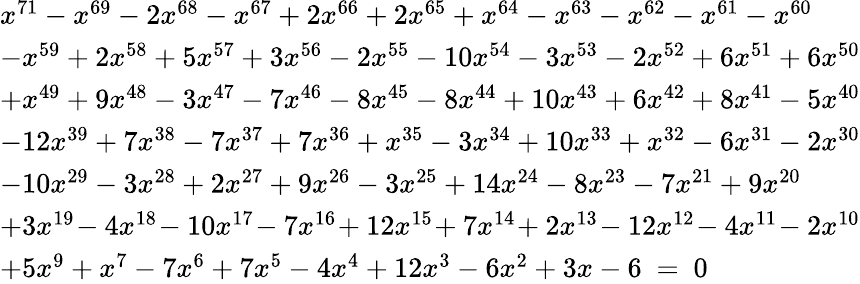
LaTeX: {\begin{array}{l}{x^{71}-x^{69}-2x^{68}-x^{67}+2x^{66}+2x^{65}+x^{64}-x^{63}-x^{62}-x^{61}-x^{60}}\\ {-x^{59}+2x^{58}+5x^{57}+3x^{56}-2x^{55}-10x^{54}-3x^{53}-2x^{52}+6x^{51}+6x^{50}}\\ {+x^{49}+9x^{48}-3x^{47}-7x^{46}-8x^{45}-8x^{44}+10x^{43}+6x^{42}+8x^{41}-5x^{40}}\\ {-12x^{39}+7x^{38}-7x^{37}+7x^{36}+x^{35}-3x^{34}+10x^{33}+x^{32}-6x^{31}-2x^{30}}\\ {-10x^{29}-3x^{28}+2x^{27}+9x^{26}-3x^{25}+14x^{24}-8x^{23}-7x^{21}+9x^{20}}\\ {+3x^{19}\! -4x^{18}\! -10x^{17}\! -7x^{16}\! +12x^{15}\! +7x^{14}\! +2x^{13}\! -12x^{12}\! -4x^{11}\! -2x^{10}}\\ {+5x^{9}+x^{7}-7x^{6}+7x^{5}-4x^{4}+12x^{3}-6x^{2}+3x-6\ =\ 0\quad\quad\quad}\end{array}}